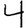
Digit: 4